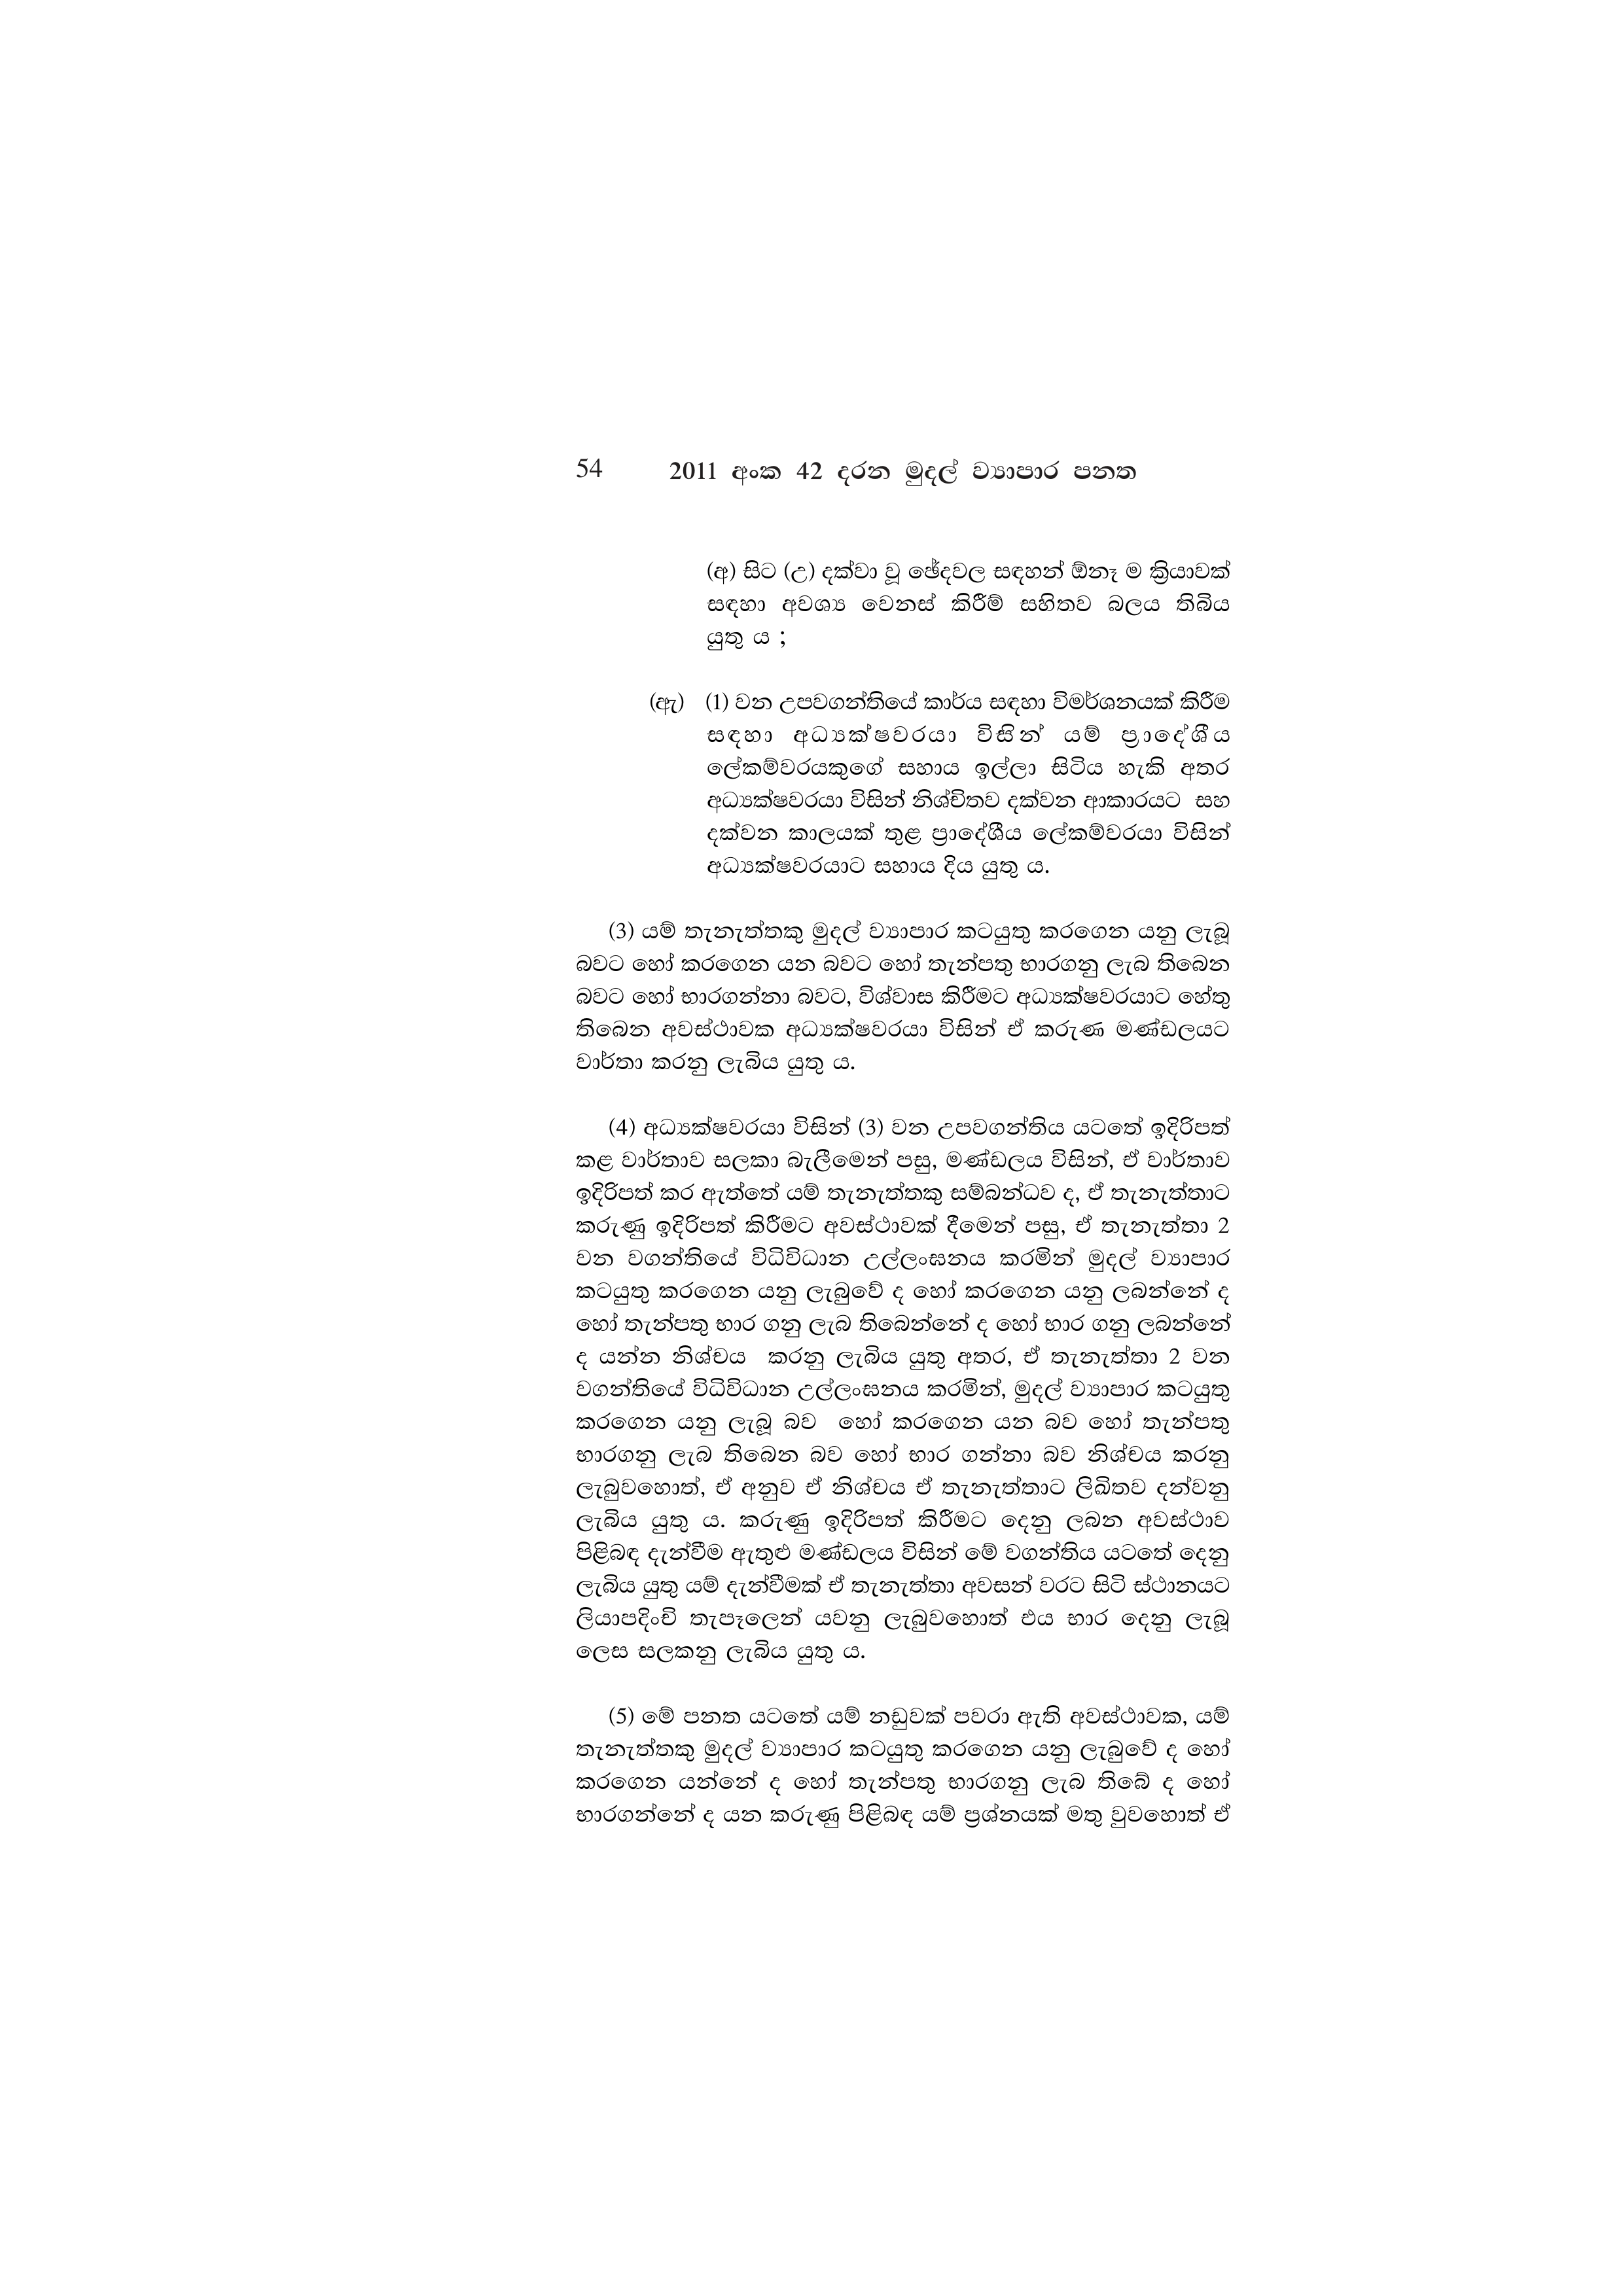
54 2011 අංක 42 දරන මුදල් ව්‍යාපාර පනත

(අ) සිට (උ) දක්වා වූ ඡේදවල සඳහන් ඕනෑ ම ක්‍රියාවක්
සඳහා අවශ්‍ය වෙනස් කිරීම් සහිතව බලය තිබිය
යුතු ය ;

(ඇ) (1) වන උපවගන්තියේ කාර්ය සඳහා විමර්ශනයක් කිරීම
සඳහා – අධ්‍යක්ෂවරයා විසින් යම් ප්‍රාදේශීය
ලේකම්වරයකුගේ සහාය ඉල්ලා සිටිය හැකි අතර
අධ්‍යක්ෂවරයා විසින් නිශ්චිතව දක්වන ආකාරයට සහ
දක්වන කාලයක් තුළ ප්‍රාදේශීය ලේකම්වරයා විසින්
අධ්‍යක්ෂවරයාට සහාය දිය යුතු ය.

(3) යම් තැනැත්තකු මුදල් ව්‍යාපාර කටයුතු කරගෙන යනු ලැබූ
බවට හෝ කරගෙන යන බවට හෝ තැන්පතු භාරගනු ලැබ තිබෙන
බවට හෝ භාරගන්නා බවට, විශ්වාස කිරීමට අධ්‍යක්ෂවරයාට හේතු
තිබෙන අවස්ථාවක අධ්‍යක්ෂවරයා විසින් ඒ කරුණ මණ්ඩලයට
වාර්තා කරනු ලැබිය යුතු ය.

(4) අධ්‍යක්ෂවරයා විසින් (3) වන උපවගන්තිය යටතේ ඉදිරිපත්
කළ වාර්තාව සලකා බැලීමෙන් පසු, මණ්ඩලය විසින්, ඒ වාර්තාව
ඉදිරිපත් කර ඇත්තේ යම් තැනැත්තකු සම්බන්ධව ද, ඒ තැනැත්තාට
කරුණු ඉදිරිපත් කිරීමට අවස්ථාවක් දීමෙන් පසු, ඒ තැනැත්තා 2
වන වගන්තියේ විධිවිධාන උල්ලංඝනය කරමින් මුදල් ව්‍යාපාර
කටයුතු කරගෙන යනු ලැබුවේ ද හෝ කරගෙන යනු ලබන්නේ ද
හෝ තැන්පතු භාර ගනු ලැබ තිබෙන්නේ ද හෝ භාර ගනු ලබන්නේ
ද යන්න නිශ්චය කරනු ලැබිය යුතු අතර, ඒ තැනැත්තා 2 වන
වගන්තියේ විධිවිධාන උල්ලංඝනය කරමින්, මුදල් ව්‍යාපාර කටයුතු
කරගෙන යනු ලැබූ බව හෝ කරගෙන යන බව හෝ තැන්පතු
භාරගනු ලැබ තිබෙන බව හෝ භාර ගන්නා බව නිශ්චය කරනු
ලැබුවහොත්, ඒ අනුව ඒ නිශ්චය ඒ තැනැත්තාට ලිඛිතව දන්වනු
ලැබිය යුතු ය. කරුණු ඉදිරිපත් කිරීමට දෙනු ලබන අවස්ථාව
පිළිබඳ දැන්වීම ඇතුළු මණ්ඩලය විසින් මේ වගන්තිය යටතේ දෙනු
ලැබිය යුතු යම් දැන්වීමක් ඒ තැනැත්තා අවසන් වරට සිටි ස්ථානයට
ලියාපදිංචි තැපෑලෙන් යවනු ලැබුවහොත් එය භාර දෙනු ලැබූ
ලෙස සලකනු ලැබිය යුතු ය.

(5) මේ පනත යටතේ යම් නඩුවක් පවරා ඇති අවස්ථාවක, යම්
තැනැත්තකු මුදල් ව්‍යාපාර කටයුතු කරගෙන යනු ලැබුවේ ද හෝ
කරගෙන යන්නේ ද හෝ තැන්පතු භාරගනු ලැබ තිබේ ද හෝ
භාරගන්නේ ද යන කරුණු පිළිබඳ යම් ප්‍රශ්නයක් මතු වුවහොත් ඒ